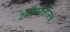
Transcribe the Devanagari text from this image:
टेक्नॉलॉजीजचे